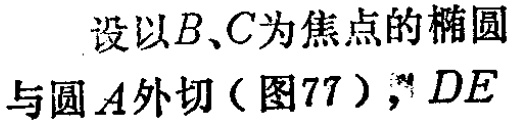
设以\(B、C\)为焦点的椭圆与圆\(A\)外切（图77），\(DE\)